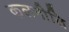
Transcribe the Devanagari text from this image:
कलनीति